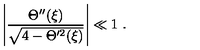
\left| \frac { \Theta ^ { \prime \prime } ( \xi ) } { \sqrt { 4 - \Theta ^ { \prime 2 } ( \xi ) } } \right| \ll 1 \ .